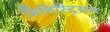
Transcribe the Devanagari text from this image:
मिनिस्ट्रियल